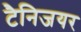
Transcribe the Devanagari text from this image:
टैनिजयर